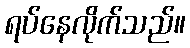
ရပ်နေလိုက်သည်။